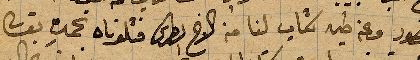
منصور وعن طيه كتاب لنا من الأخ بطرس فتلوناه بحمده تعالى